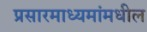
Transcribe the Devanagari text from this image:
प्रसारमाध्‍यमांमधील